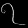
Digit: ၇